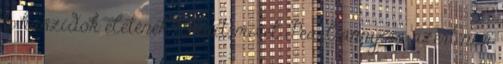
a haszidok életének titkait, mivel Pearl annyira azért nem